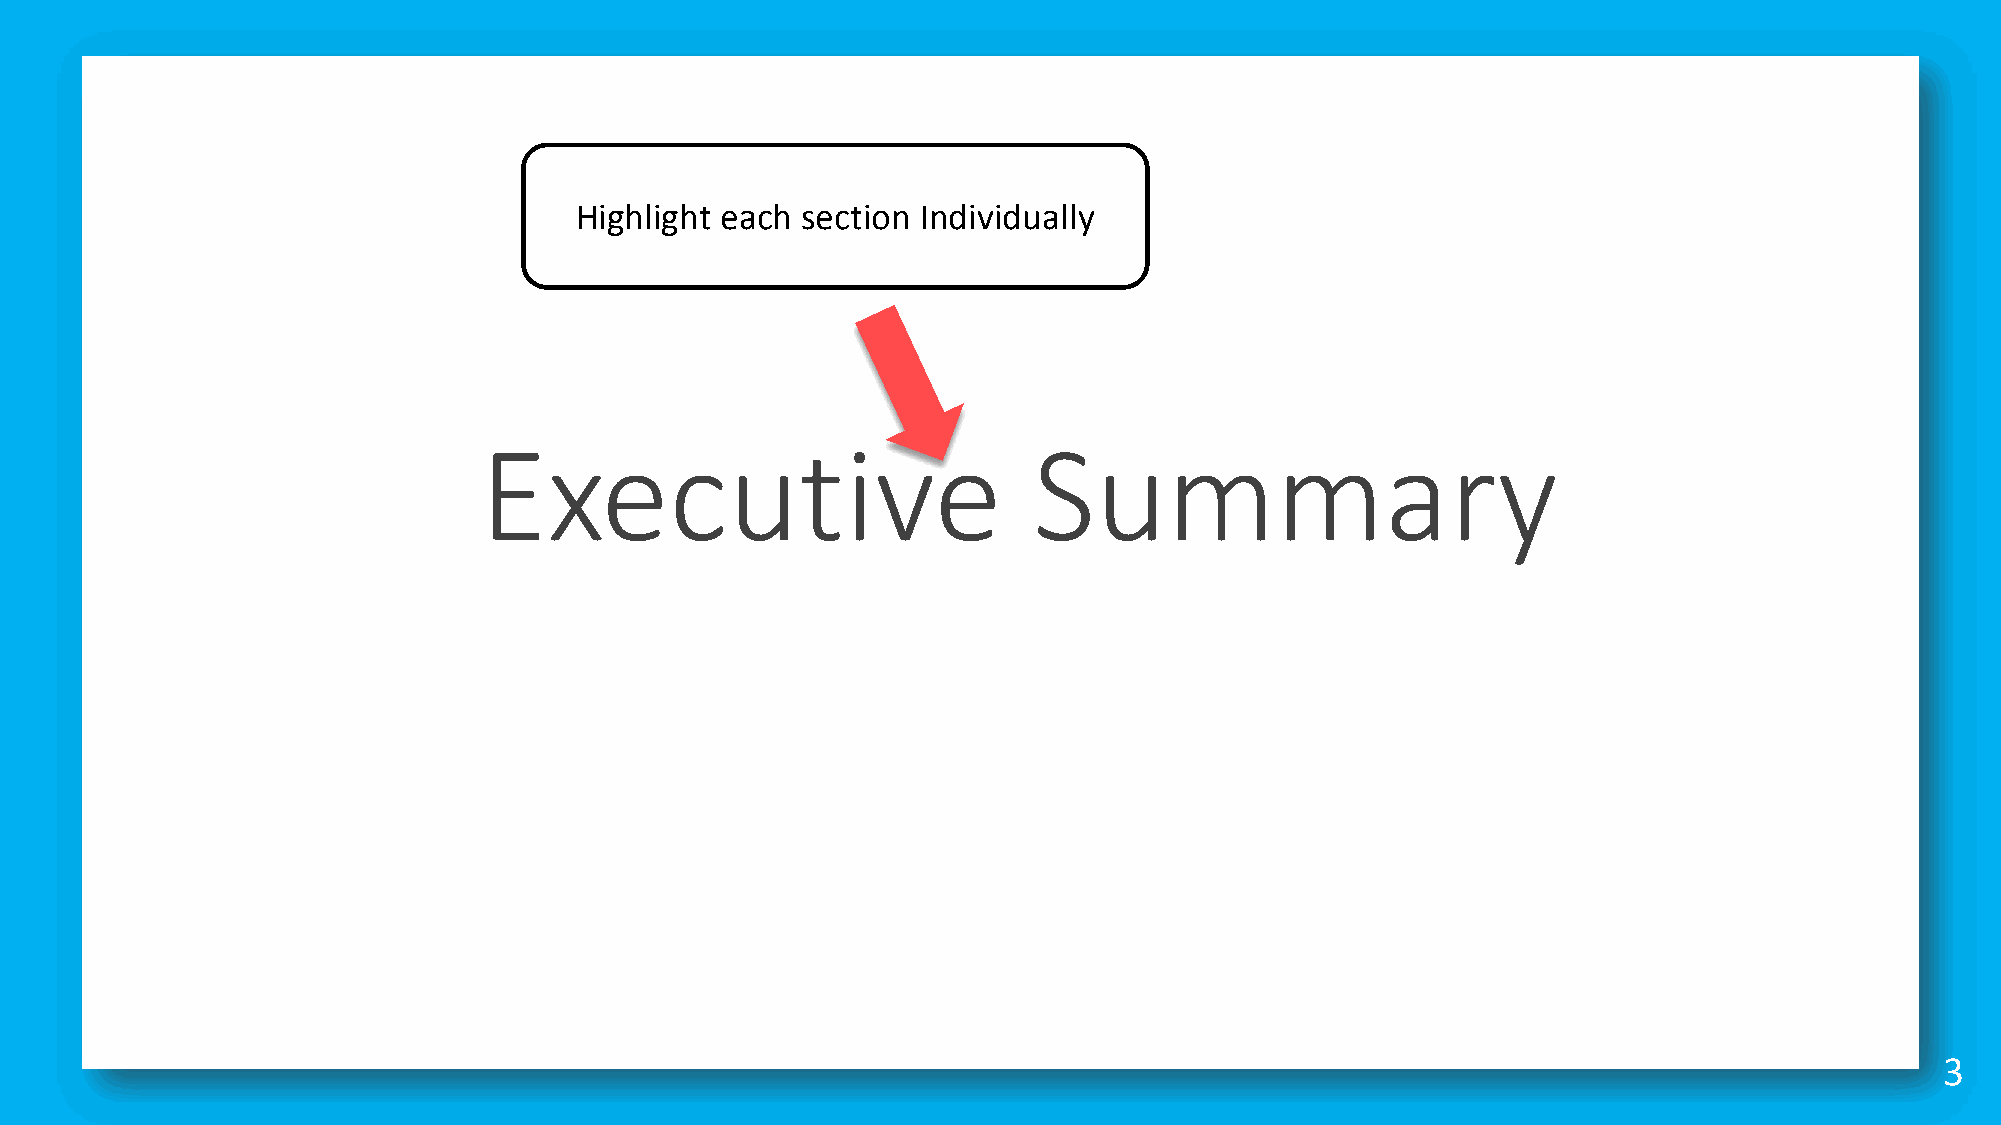
Highlight each section Individually
 Executive                           Summary
 3